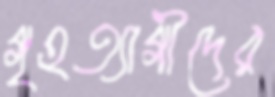
গৃহত্যাগীদের